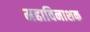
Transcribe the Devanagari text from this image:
महाविनाशक